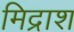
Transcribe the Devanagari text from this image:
मिद्राश